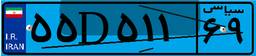
۵۵D۵۱۱۶۹